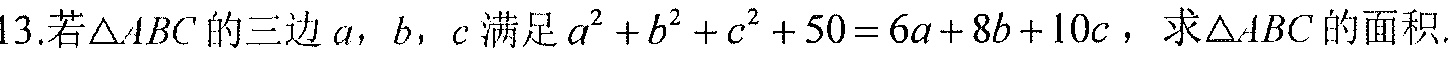
13.若\(\triangle ABC\)的三边\(a\)，\(b\)，\(c\)满足\(a^{2}+b^{2}+c^{2}+50 = 6a + 8b + 10c\)，求\(\triangle ABC\)的面积.